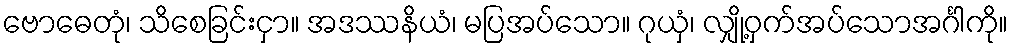
ဗောဓေတုံ၊ သိစေခြင်းငှာ။ အဒဿနိယံ၊ မပြအပ်သော။ ဂုယှံ၊ လျှို့ဝှက်အပ်သောအင်္ဂါကို။